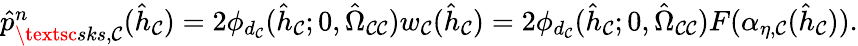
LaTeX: \begin{array}{r}{\hat{p}_{\textsc{sks},\mathcal{C}}^{n}(\hat{h}_{\mathcal{C}})=2\phi_{d_{\mathcal{C}}}(\hat{h}_{\mathcal{C}};0,\hat{\Omega}_{\mathcal{C}\mathcal{C}})w_{\mathcal{C}}(\hat{h}_{\mathcal{C}})=2\phi_{d_{\mathcal{C}}}(\hat{h}_{\mathcal{C}};0,\hat{\Omega}_{\mathcal{C}\mathcal{C}})F(\alpha_{\eta,\mathcal{C}}(\hat{h}_{\mathcal{C}})).}\end{array}